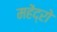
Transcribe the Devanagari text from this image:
महेंद्रो